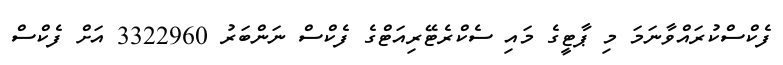
ފެކްސްކުރައްވާނަމަ މި ޕާޓީގެ މައި ސެކްރެޓޭރިއަޓްގެ ފެކްސް ނަންބަރު 3322960 އަށް ފެކްސް